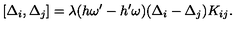
[ \Delta _ { i } , \Delta _ { j } ] = \lambda ( h \omega ^ { \prime } - h ^ { \prime } \omega ) ( \Delta _ { i } - \Delta _ { j } ) K _ { i j } .